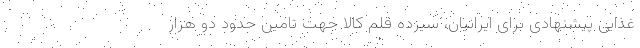
غذایی پیشنهادی برای ایرانیان، سیزده قلم کالا جهت تامین حدود دو هزار